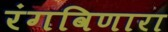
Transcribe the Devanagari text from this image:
रंगविणारा